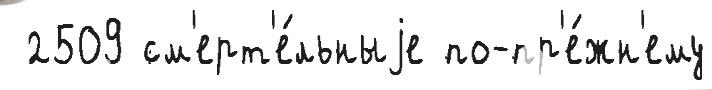
 2509 см'ерт'е́льныjе по-пр'е́жн'ему